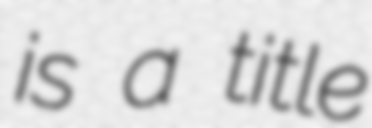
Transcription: is a title